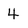
Character: 4